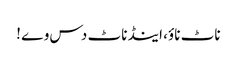
ناٹ ناؤ، اینڈ ناٹ دس وے !